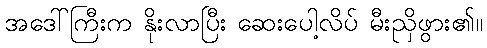
အဒေါ်ကြီးက နိုးလာပြီး ဆေးပေါ့လိပ် မီးညှိဖွား၏။